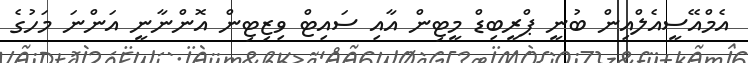
އެމްއޭސީއެލްއިން ބުނީ ޕްރީބިޑް މީޓިން އާއި ސައިޓް ވިޒިޓިން އޮންނާނީ އަންނަ މަހުގެ